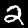
Label: 2